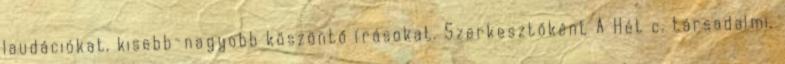
laudációkat, kisebb-nagyobb köszöntő írásokat. Szerkesztőként A Hét c. társadalmi,